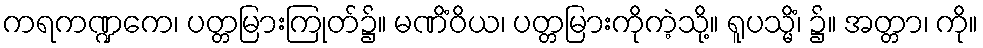
ကရကဏ္ဍကေ၊ ပတ္တမြားကြုတ်၌။ မဏိံဝိယ၊ ပတ္တမြားကိုကဲ့သို့။ ရူပသ္မိံ၊ ၌။ အတ္တာ၊ ကို။